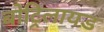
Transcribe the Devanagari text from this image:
बोट्रिलायड